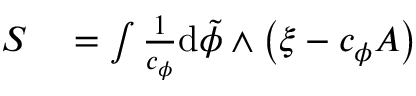
\begin{array} { r l } { S } & { { } = \int \frac { 1 } { c _ { \phi } } \mathrm { d } \tilde { \phi } \wedge \left( \xi - c _ { \phi } A \right) } \end{array}